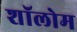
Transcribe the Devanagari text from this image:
शॉलोम